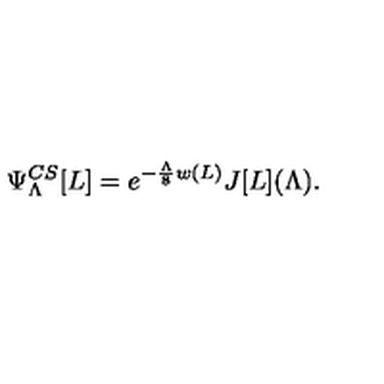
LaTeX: \Psi _ { \Lambda } ^ { C S } [ L ] = e ^ { - { \frac { \Lambda } { 8 } } w ( L ) } J [ L ] ( \Lambda ) .